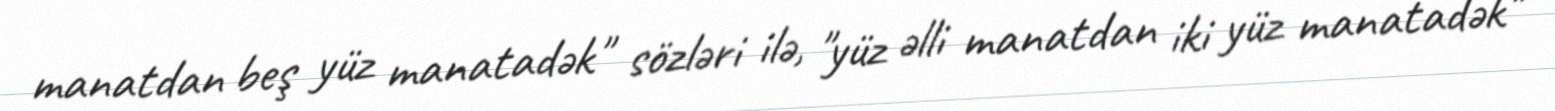
manatdan beş yüz manatadək" sözləri ilə, "yüz əlli manatdan iki yüz manatadək"